Problem: 12 + 3 = ?
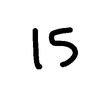
Handwritten answer: 15